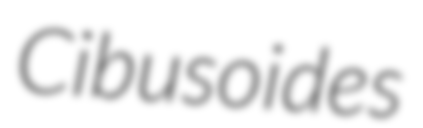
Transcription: Cibusoides